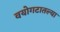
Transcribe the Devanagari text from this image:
वयोगटातल्या